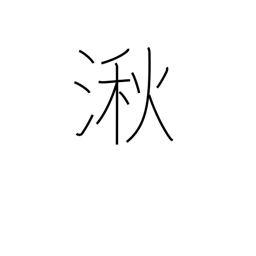
Meaning: wetlands